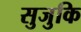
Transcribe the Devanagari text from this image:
सुजुकि